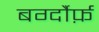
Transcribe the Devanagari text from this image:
बर्ग्दौर्फ़